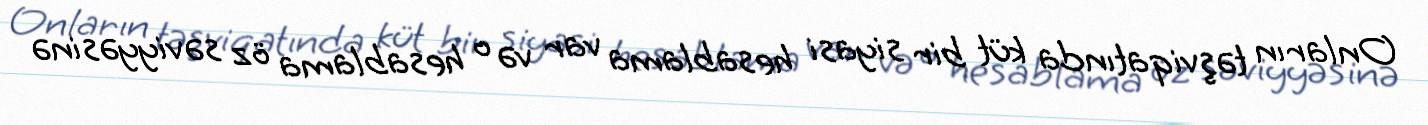
Onların təşviqatında küt bir siyasi hesablama var və o hesablama öz səviyyəsinə